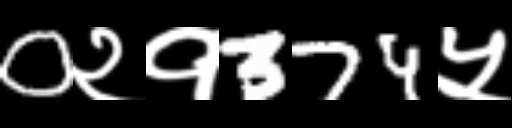
Text: 0२१374५